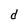
Character: d